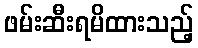
ဖမ်းဆီးရမိထားသည့်